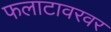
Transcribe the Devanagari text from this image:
फलाटावरवर